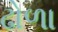
ઢોળા